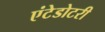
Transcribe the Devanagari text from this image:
एंटेडोटरी